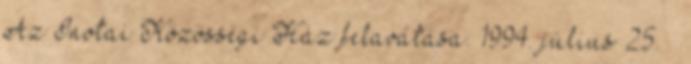
Az Inotai Közösségi Ház felavatása. 1994. július 25. –